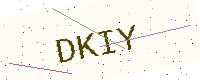
Text: DKIY